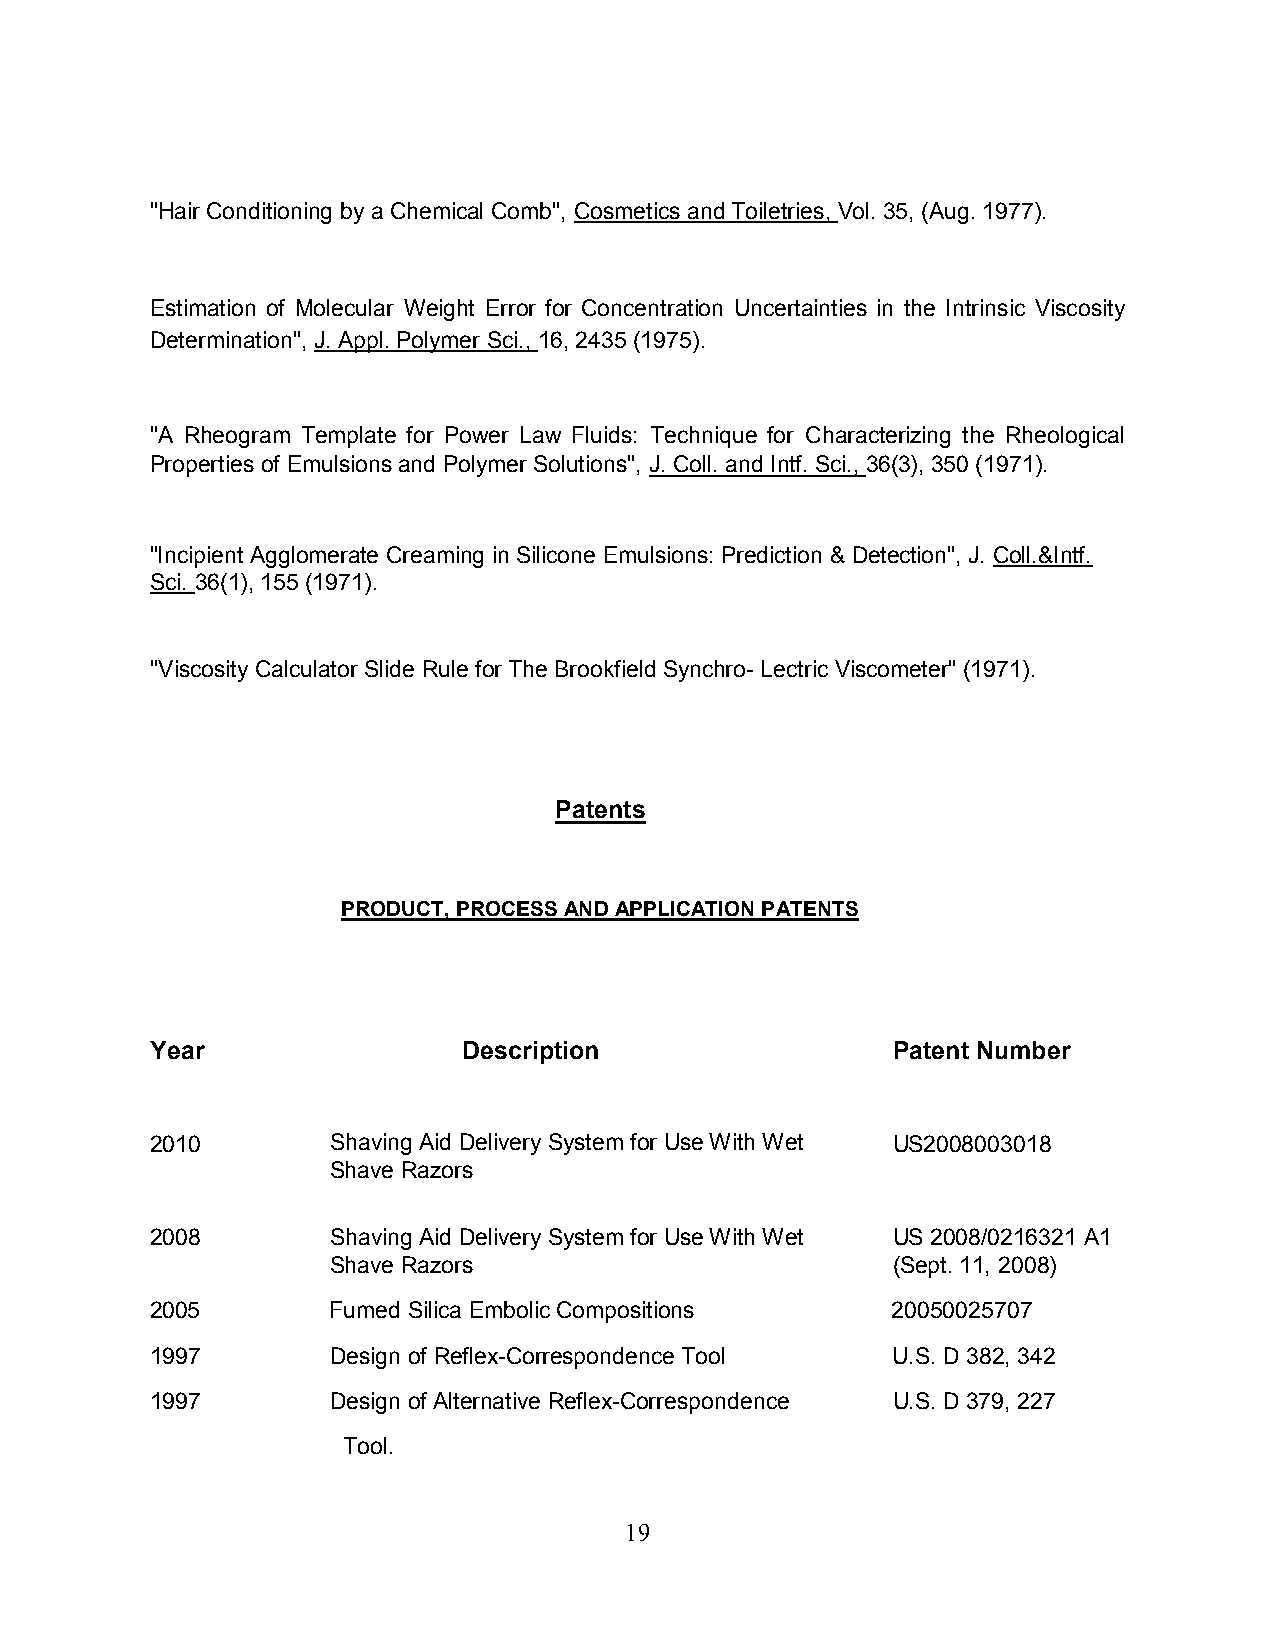
"Hair Conditioning by a Chemical Comb", Cosmetics and Toiletries, Vol. 35, (Aug. 1977).
 Estimation of Molecular Weight Error for Concentration Uncertainties in the Intrinsic Viscosity
 Determination", J. Appl. Polymer Sci., 16, 2435 (1975).
 "A Rheogram Template for Power Law Fluids: Technique for Characterizing the Rheological
 Properties of Emulsions and Polymer Solutions", J. Coll. and Intf. Sci., 36(3), 350 (1971).
 "Incipient Agglomerate Creaming in Silicone Emulsions: Prediction & Detection", J. Coll.&Intf.
 Sci. 36(1), 155 (1971).
 "Viscosity Calculator Slide Rule for The Brookfield Synchro- Lectric Viscometer" (1971).
 Patents
 PRODUCT, PROCESS AND APPLICATION PATENTS
 Year                 Description                 Patent Number
 2010        Shaving Aid Delivery System for Use With Wet US2008003018
 Shave Razors
 2008        Shaving Aid Delivery System for Use With Wet US 2008/0216321 A1     (Sept
 Shave Razors                         (Sept. 11, 2008)
 2005        Fumed Silica Embolic Compositions    20050025707
 1997        Design of Reflex-Correspondence Tool U.S. D 382, 342
 1997        Design of Alternative Reflex-Correspondence U.S. D 379, 227
 Tool.
 19